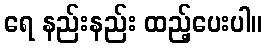
ရေ နည်းနည်း ထည့်ပေးပါ။